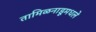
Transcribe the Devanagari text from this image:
तामिळनाडूमधले